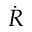
\dot { R }